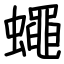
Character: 蠅